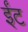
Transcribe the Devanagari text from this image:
र्इंट